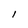
Character: l